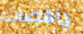
راقصات